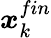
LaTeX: \boldsymbol{x}_{k}^{fin}